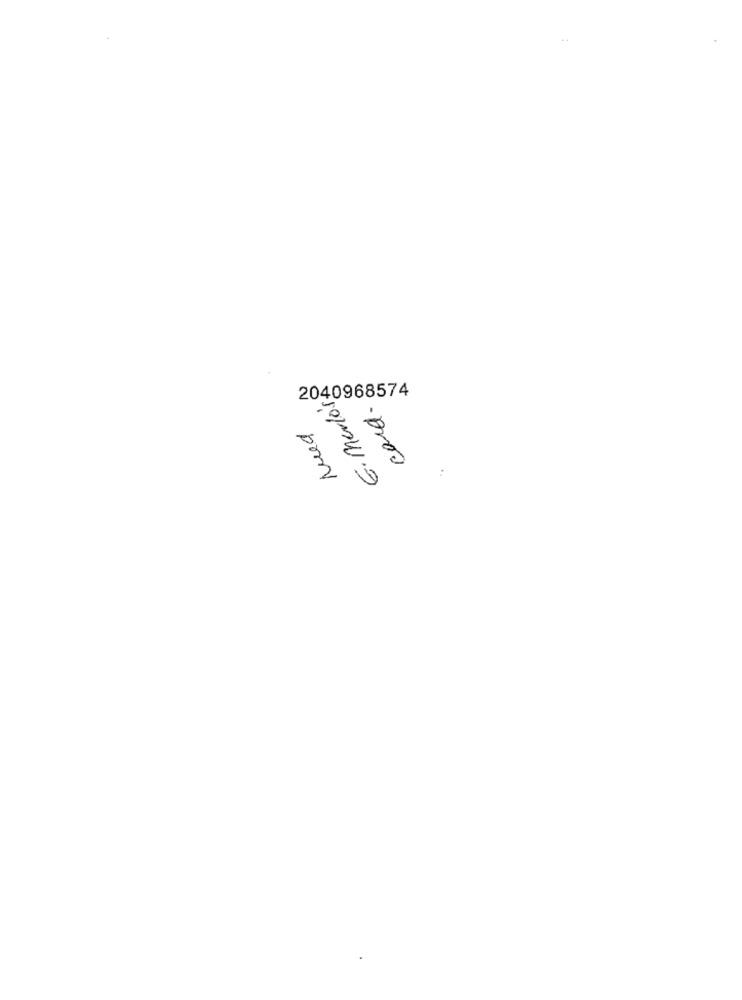
2040968574
E. merlos
card.
Need